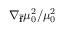
\nabla _ { \overline { { \mathbf { f } } } } \mu _ { 0 } ^ { 2 } / \mu _ { 0 } ^ { 2 }